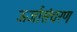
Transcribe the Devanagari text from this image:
ऊर्जासंचरण